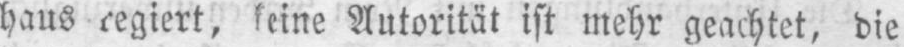
haus regiert, keine Autorität ist mehr geachtet, die